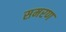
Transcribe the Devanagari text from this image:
समरण